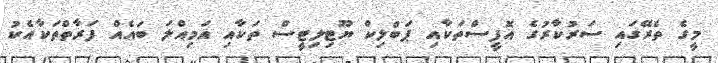
މީގެ ތެރޭގައި ސަރުކާރުގެ އޮފީސްތަކާއި ޕަބްލިކް ޔޫޓިލިޓީސް ތަކާއި އަމިއްލަ ބައެއް ފަރާތްތަކާއެކު